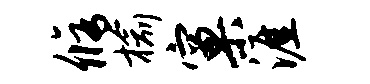
修榆窠涯